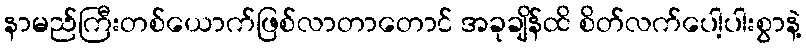
နာမည်ကြီးတစ်ယောက်ဖြစ်လာတာတောင် အခုချိန်ထိ စိတ်လက်ပေါ့ပါးစွာနဲ့